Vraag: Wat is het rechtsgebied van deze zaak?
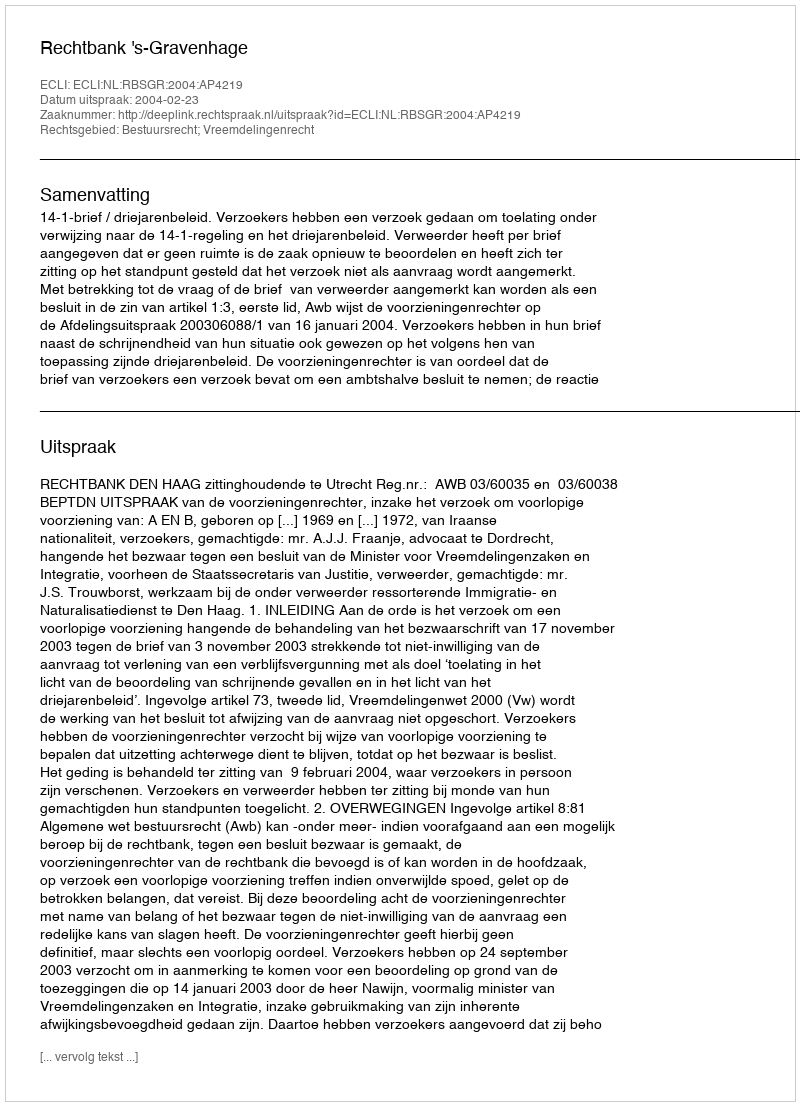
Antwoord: Bestuursrecht; Vreemdelingenrecht